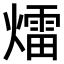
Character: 𤐝